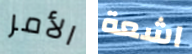
الأمر اشعة